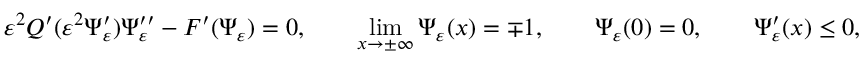
\varepsilon ^ { 2 } Q ^ { \prime } ( \varepsilon ^ { 2 } \Psi _ { \varepsilon } ^ { \prime } ) \Psi _ { \varepsilon } ^ { \prime \prime } - F ^ { \prime } ( \Psi _ { \varepsilon } ) = 0 , \qquad \operatorname* { l i m } _ { x \to \pm \infty } \Psi _ { \varepsilon } ( x ) = \mp 1 , \qquad \Psi _ { \varepsilon } ( 0 ) = 0 , \qquad \Psi _ { \varepsilon } ^ { \prime } ( x ) \leq 0 ,